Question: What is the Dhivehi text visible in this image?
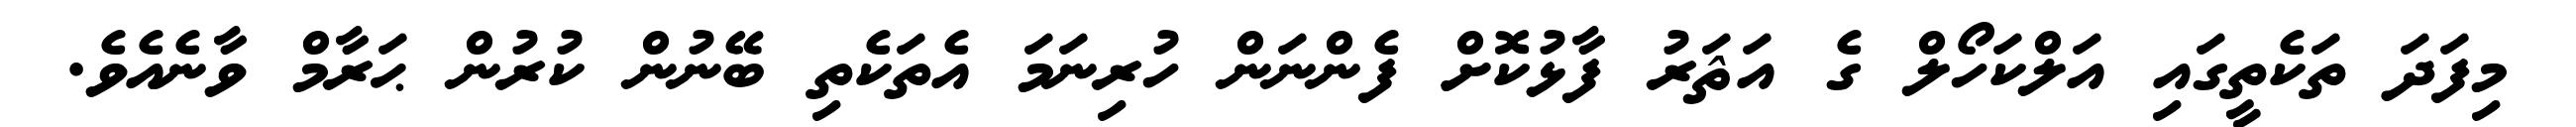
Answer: މިފަދަ ތަކެތީގައި އަލްކަހޯލް ގެ އަޘަރު ފާޅުކޮށް ފެންނަން ހުރިނަމަ އެތަކެތި ބޭނުން ކުރުން ޙަރާމް ވާނެއެވެ.